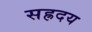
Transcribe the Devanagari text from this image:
सह्रदय